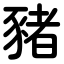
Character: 豬